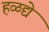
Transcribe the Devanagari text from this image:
हळद्ये